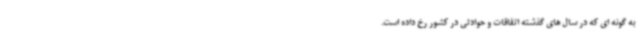
به گونه ای که در سال های گذشته اتفاقات و حوادثی در کشور رخ داده است.